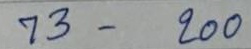
73 - 200